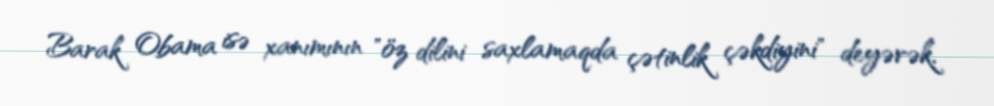
Barak Obama isə xanımının "öz dilini saxlamaqda çətinlik çəkdiyini" deyərək,